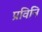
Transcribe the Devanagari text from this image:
प्रविनि